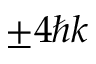
\pm 4 \hbar k